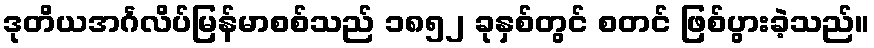
ဒုတိယအင်္ဂလိပ်မြန်မာစစ်သည် ၁၈၅၂ ခုနှစ်တွင် စတင် ဖြစ်ပွားခဲ့သည်။